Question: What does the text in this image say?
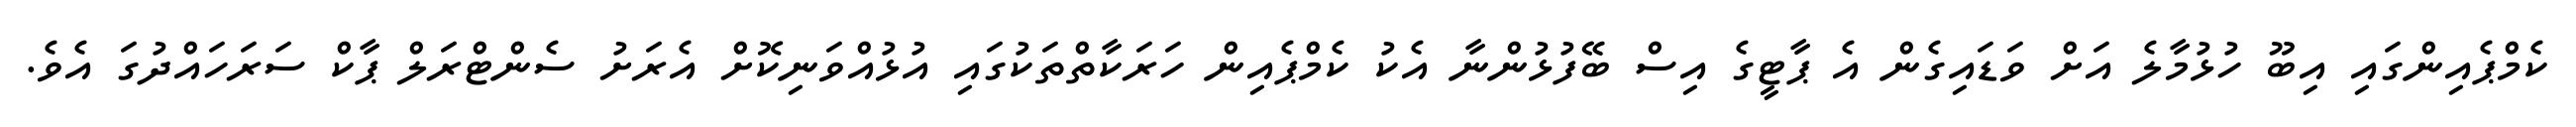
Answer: ކެމްޕެއިންގައި އިބޫ ހުޅުމާލެ އަށް ވަޑައިގެން އެ ޕާޓީގެ އިސް ބޭފުޅުންނާ އެކު ކެމްޕެއިން ހަރަކާތްތަކުގައި އުޅުއްވަނިކޮށް އެރަށު ސެންޓްރަލް ޕާކް ސަރަހައްދުގަ އެވެ.